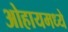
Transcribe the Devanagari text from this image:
ओहायमध्ये